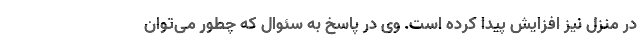
در منزل نیز افزایش پیدا کرده است. وی در پاسخ به سئوال که چطور می‌توان